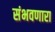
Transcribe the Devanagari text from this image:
संभवणारा